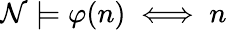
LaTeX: {\mathcal{N}}\models\varphi(n)\iff n